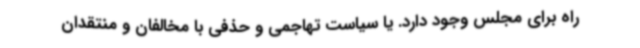
راه برای مجلس وجود دارد. یا سیاست تهاجمی و حذفی با مخالفان و منتقدان